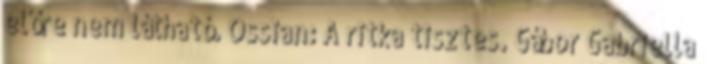
előre nem látható. Ossian: A ritka tisztes. Gábor Gabriella